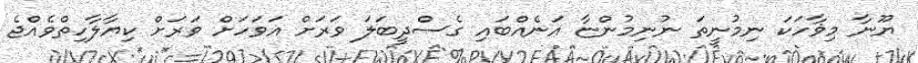
ޔޫނާ މިޥާހަކަ ނިމުނީތަ ނުނިމުންޏާ އަނެއްބައި ގެސްދީބަލަ ވަރަށް އަވަހަށް ވަރަށް ކިޔާލާހިތްވެއްޖެ